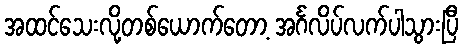
အထင်သေးလို့တစ်ယောက်တော့ အင်္ဂလိပ်လက်ပါသွားပြီ